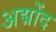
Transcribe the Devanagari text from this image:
अद्मोंद